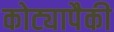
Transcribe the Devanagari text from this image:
कोट्यापैकी